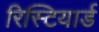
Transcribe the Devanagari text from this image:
रिस्टियार्ड